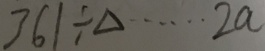
3 6 1 \div \Delta \cdots 2 a